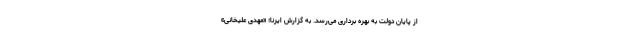
از پایان دولت به بهره برداری می‌رسد. به گزارش ایرنا؛ «مهدی علیخانی»